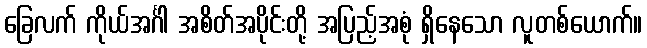
ခြေလက် ကိုယ်အင်္ဂါ အစိတ်အပိုင်းတို့ အပြည့်အစုံ ရှိနေသော လူတစ်ယောက်။